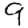
Digit: 9